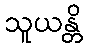
သူယန္တိ